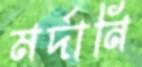
মর্দানি